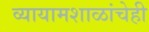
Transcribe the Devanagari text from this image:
व्यायामशाळांचेही